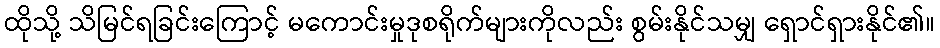
ထိုသို့ သိမြင်ရခြင်းကြောင့် မကောင်းမှုဒုစရိုက်များကိုလည်း စွမ်းနိုင်သမျှ ရှောင်ရှားနိုင်၏။